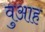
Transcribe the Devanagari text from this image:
वुआह